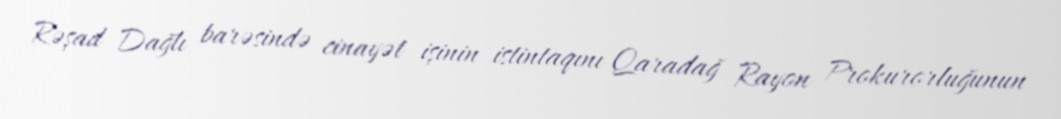
Rəşad Dağlı barəsində cinayət işinin istintaqını Qaradağ Rayon Prokurorluğunun